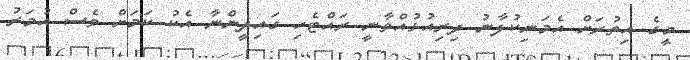
މީގެ އިތުރަށް އެމަނިކުފާނު ދިރިއުޅުއްވާނީ ރައްޓެހި ގައިދީންނާ އެކު ކަމަށް ވެސް އުމަރު